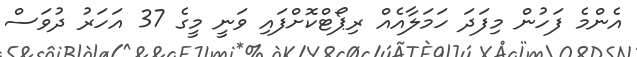
އެންމެ ފަހުން މިފަދަ ހަމަލާއެއް ރިޕޯޓްކޮށްފައި ވަނީ މީގެ 37 އަހަރު ދުވަސް